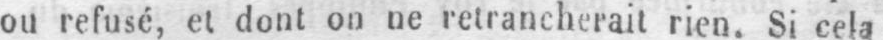
ou refusé, et dont on ne retrancherait rien. Si cela